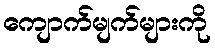
ကျောက်မျက်များကို